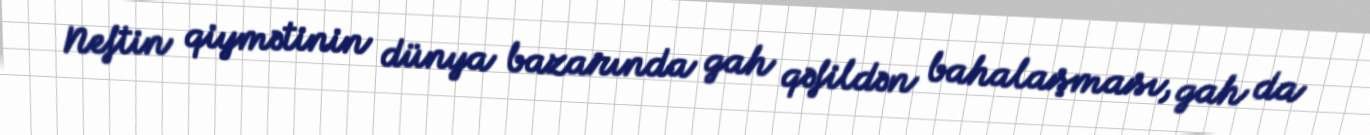
Neftin qiymətinin dünya bazarında gah qəfildən bahalaşması, gah da